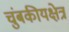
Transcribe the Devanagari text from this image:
चुंबकीयक्षेत्र